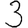
Digit: 3